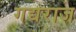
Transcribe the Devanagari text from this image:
गद्यराज